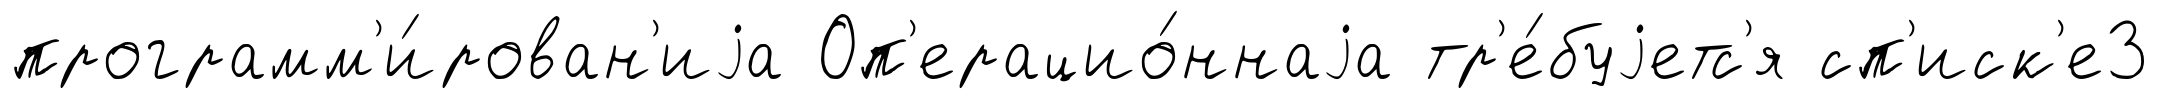
программ'и́рован'иjа Оп'ерацио́ннаjа тр'е́буjетс'я сп'иск'е3